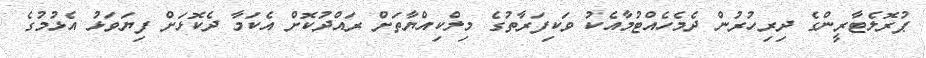
ޕުރޮލެޓާރީންގެ ދިރިހުރުން ދެމެހެއްޓުމާއެކު ވަކިފަރާތުގެ މިލްކިއްޔާތަށް ރައްދުކޮށް އެކަމާ ދެކޮޅަށް ފިޔަވަޅު އެޅުމުގެ